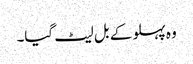
وہ پہلو کے بل لیٹ گیا۔